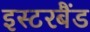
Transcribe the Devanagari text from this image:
इस्टरबैंड